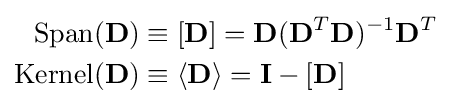
{\begin{aligned}{\textrm {Span}}(\mathbf {D} )&\equiv \left[\mathbf {D} \right]=\mathbf {D} (\mathbf {D} ^{T}\mathbf {D} )^{-1}\mathbf {D} ^{T}\\{\textrm {Kernel}}(\mathbf {D} )&\equiv \langle \mathbf {D} \rangle =\mathbf {I} -\left[\mathbf {D} \right]\end{aligned}}